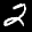
Label: 2